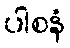
ပါစနံ